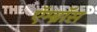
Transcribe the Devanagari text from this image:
ऍम्ब्रॉस